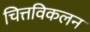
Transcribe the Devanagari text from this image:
चित्तविकलन